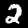
Label: 2